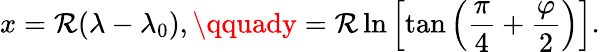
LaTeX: x=\mathcal{R}(\lambda-\lambda_{0}),\qquady=\mathcal{R}\ln\left[\tan\left({\frac{{\pi}}{{4}}}+{\frac{{\varphi}}{{2}}}\right)\right].